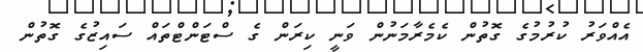
އެއްވަރު ކުރުމުގެ ގޮތުން ކެމެރާމަނުން ވަނީ ކިރަން ގެ ސްޓަންޓްތައް ސައިޒުގެ ގޮތުން